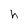
Character: h